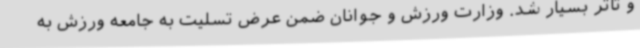
و تاثر بسیار شد. وزارت ورزش و جوانان ضمن عرض تسلیت به جامعه ورزش به